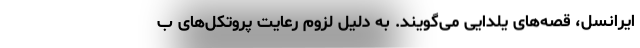
ایرانسل، قصه‌های یلدایی می‌گویند. به دلیل لزوم رعایت پروتکل‌های ب